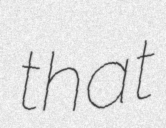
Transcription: that